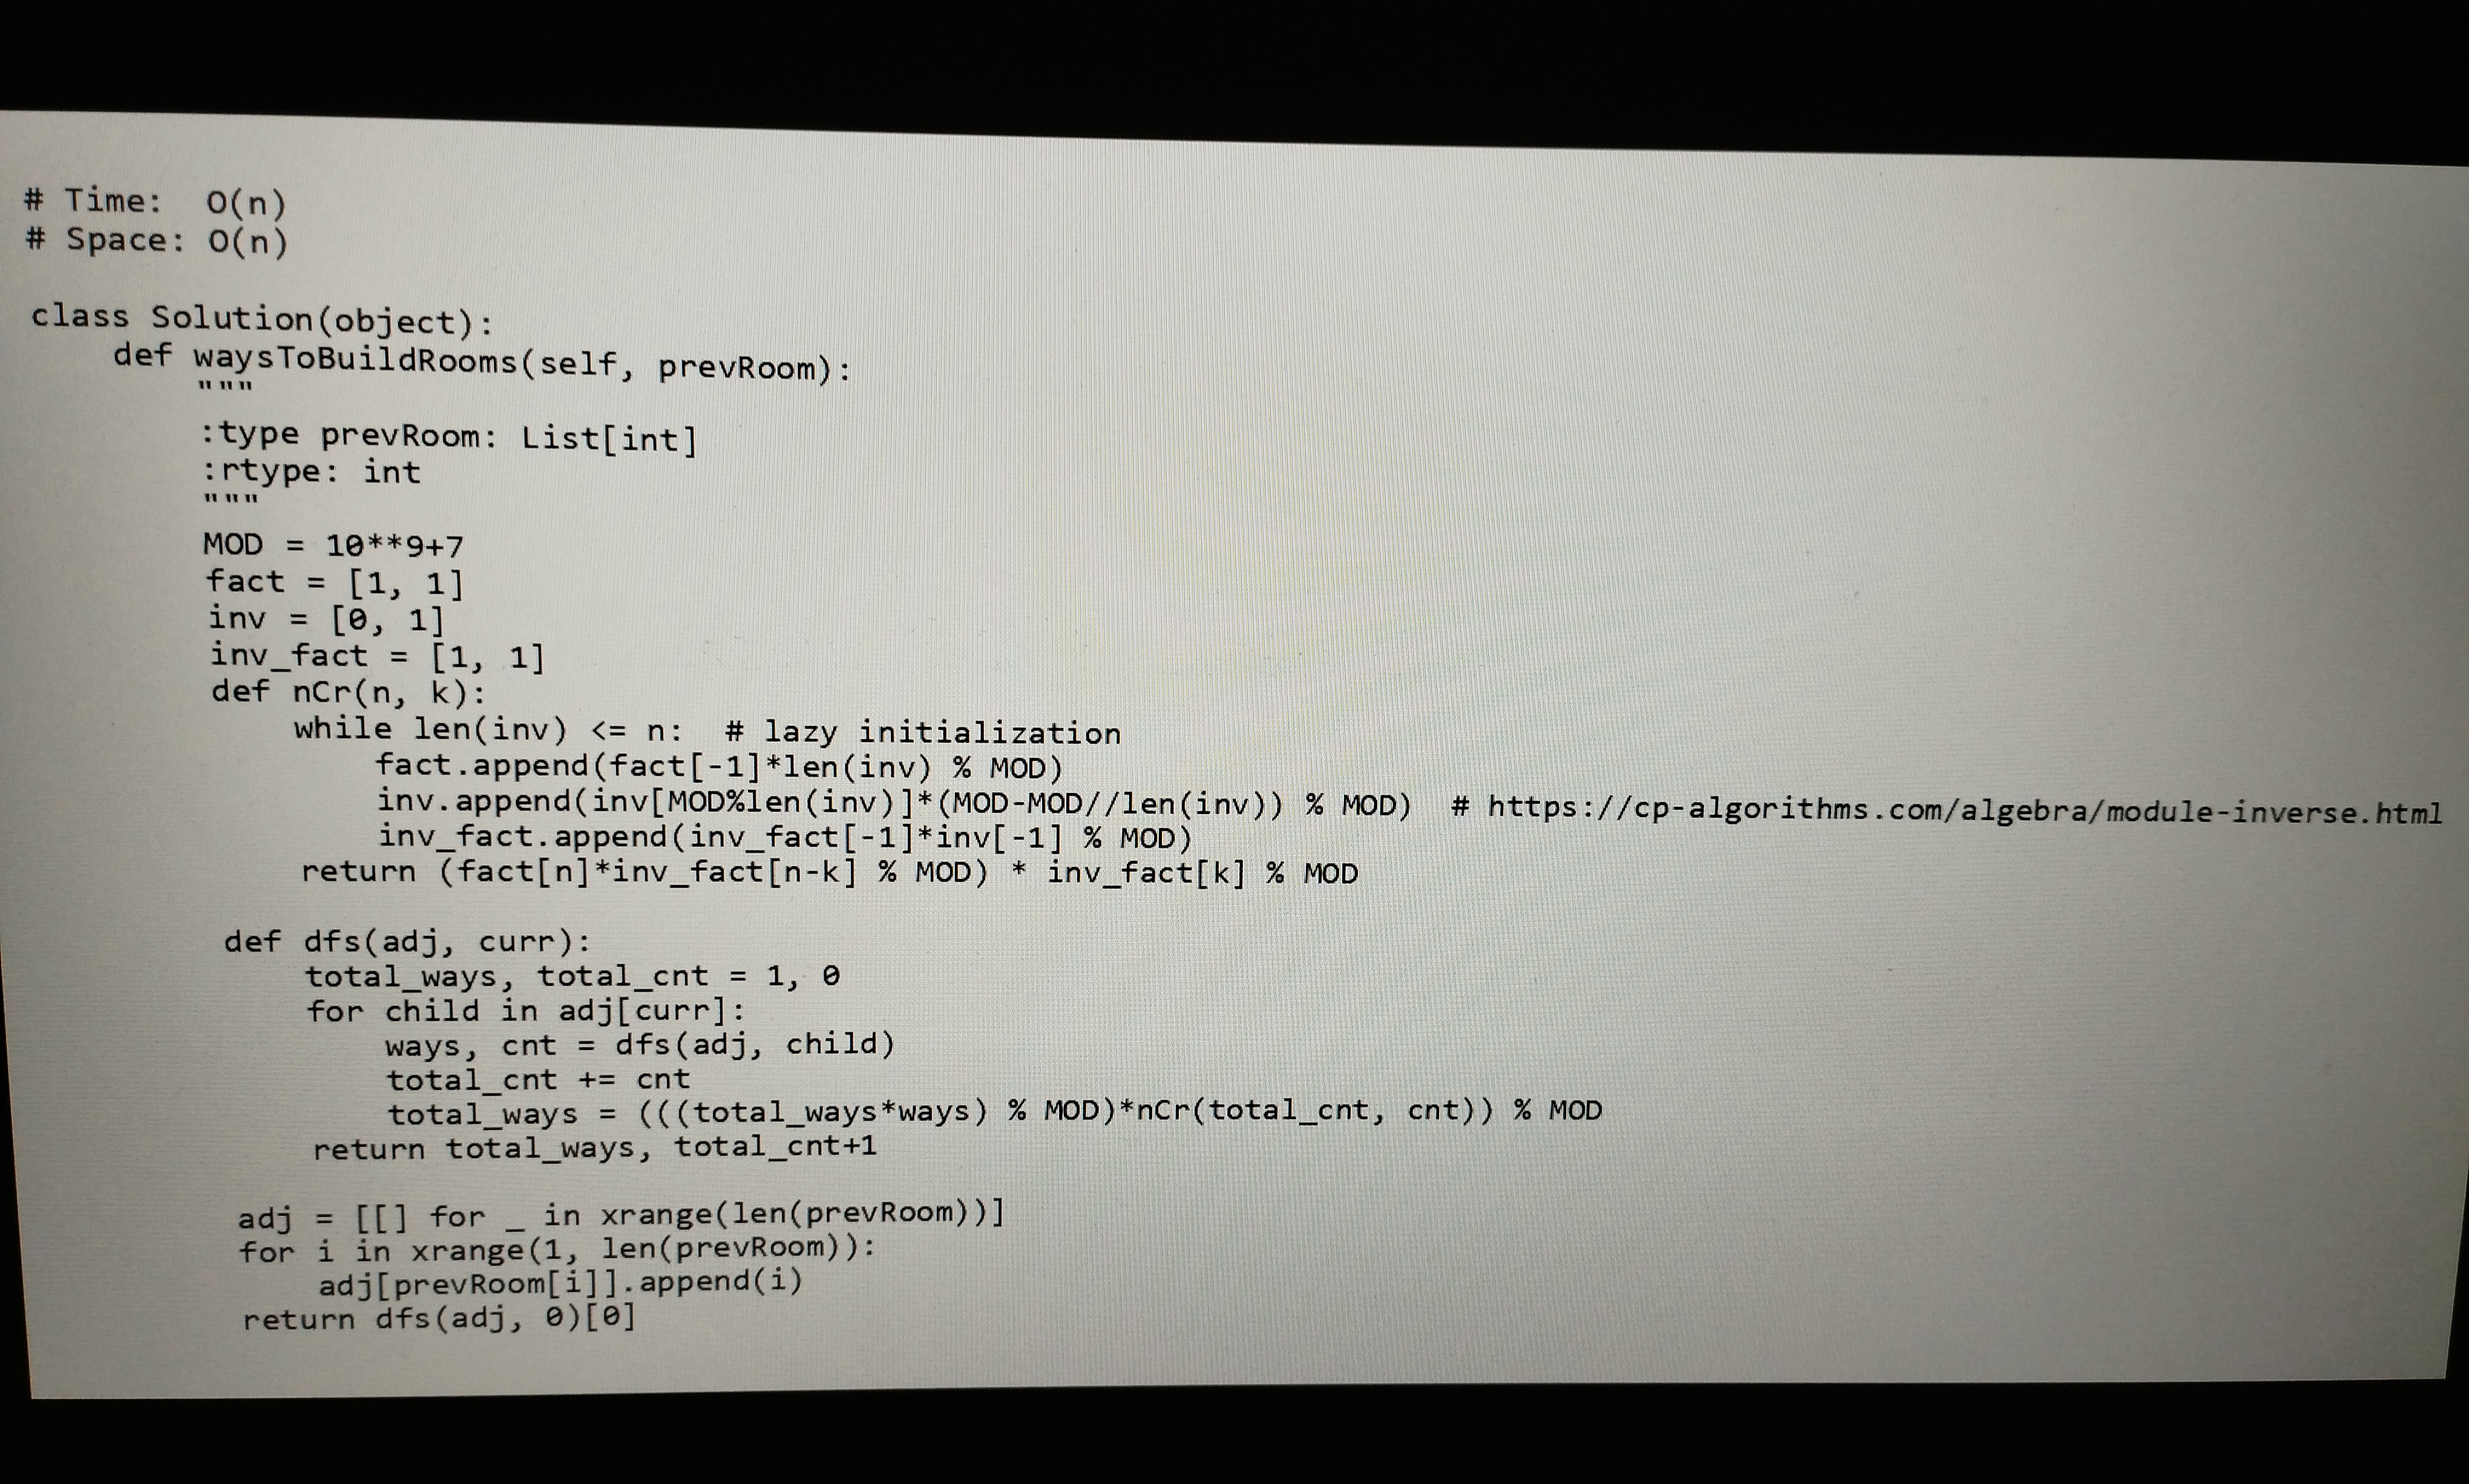
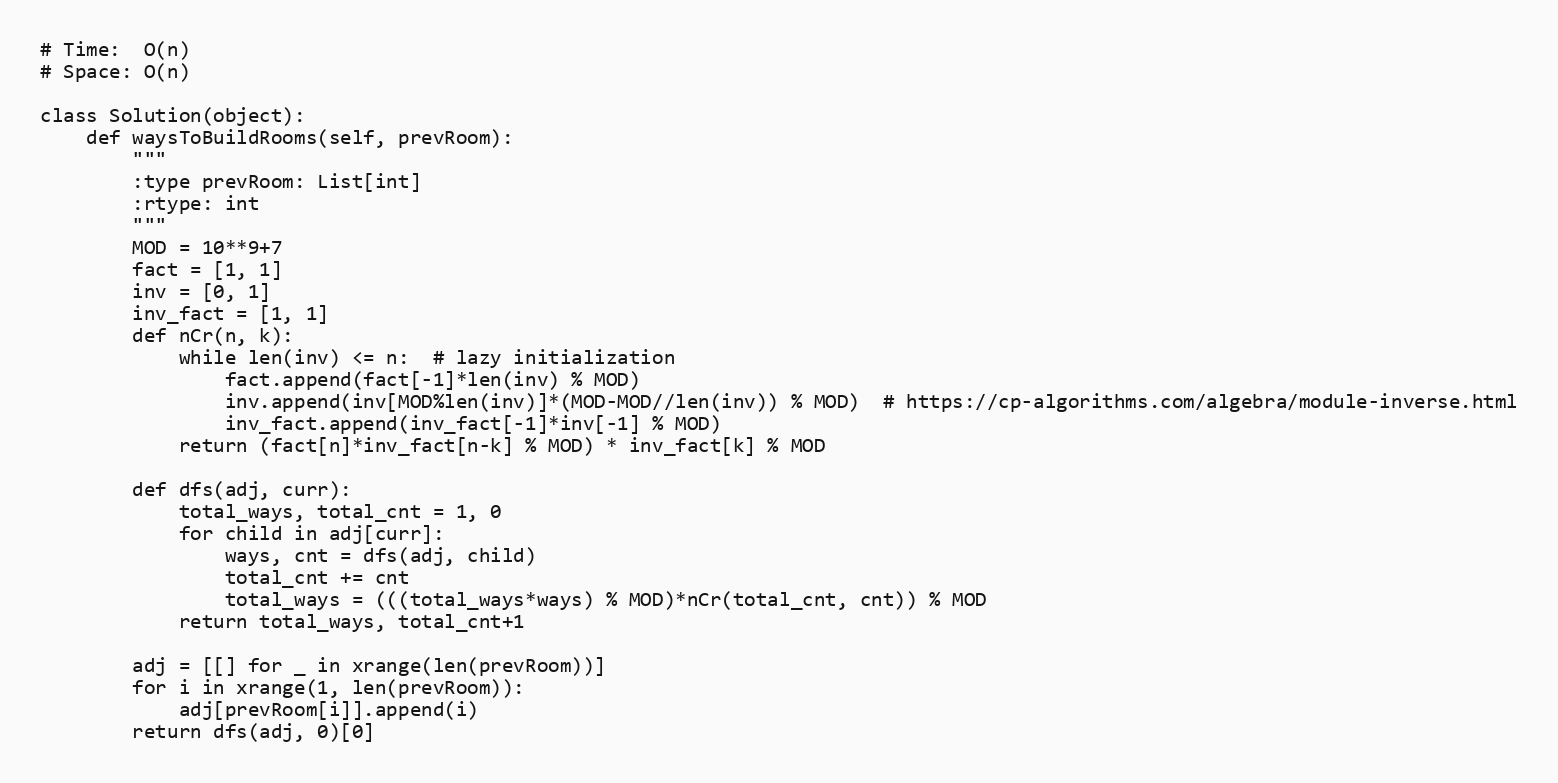
# Time:  O(n)
# Space: O(n)

class Solution(object):
    def waysToBuildRooms(self, prevRoom):
        """
        :type prevRoom: List[int]
        :rtype: int
        """
        MOD = 10**9+7
        fact = [1, 1]
        inv = [0, 1]
        inv_fact = [1, 1]
        def nCr(n, k):
            while len(inv) <= n:  # lazy initialization
                fact.append(fact[-1]*len(inv) % MOD)
                inv.append(inv[MOD%len(inv)]*(MOD-MOD//len(inv)) % MOD)  # https://cp-algorithms.com/algebra/module-inverse.html
                inv_fact.append(inv_fact[-1]*inv[-1] % MOD)
            return (fact[n]*inv_fact[n-k] % MOD) * inv_fact[k] % MOD

        def dfs(adj, curr):
            total_ways, total_cnt = 1, 0
            for child in adj[curr]:
                ways, cnt = dfs(adj, child)
                total_cnt += cnt
                total_ways = (((total_ways*ways) % MOD)*nCr(total_cnt, cnt)) % MOD
            return total_ways, total_cnt+1

        adj = [[] for _ in xrange(len(prevRoom))]
        for i in xrange(1, len(prevRoom)):
            adj[prevRoom[i]].append(i)
        return dfs(adj, 0)[0]